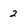
Character: 2